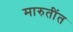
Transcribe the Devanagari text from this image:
मारुतींत